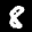
Label: 8